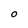
Character: O